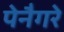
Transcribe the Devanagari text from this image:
पेनैगरे